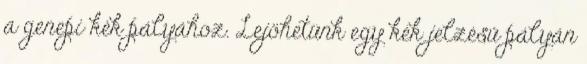
a genepi kék pályához. Lejöhetünk egy kék jelzésű pályán